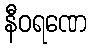
နီဝရဏေ